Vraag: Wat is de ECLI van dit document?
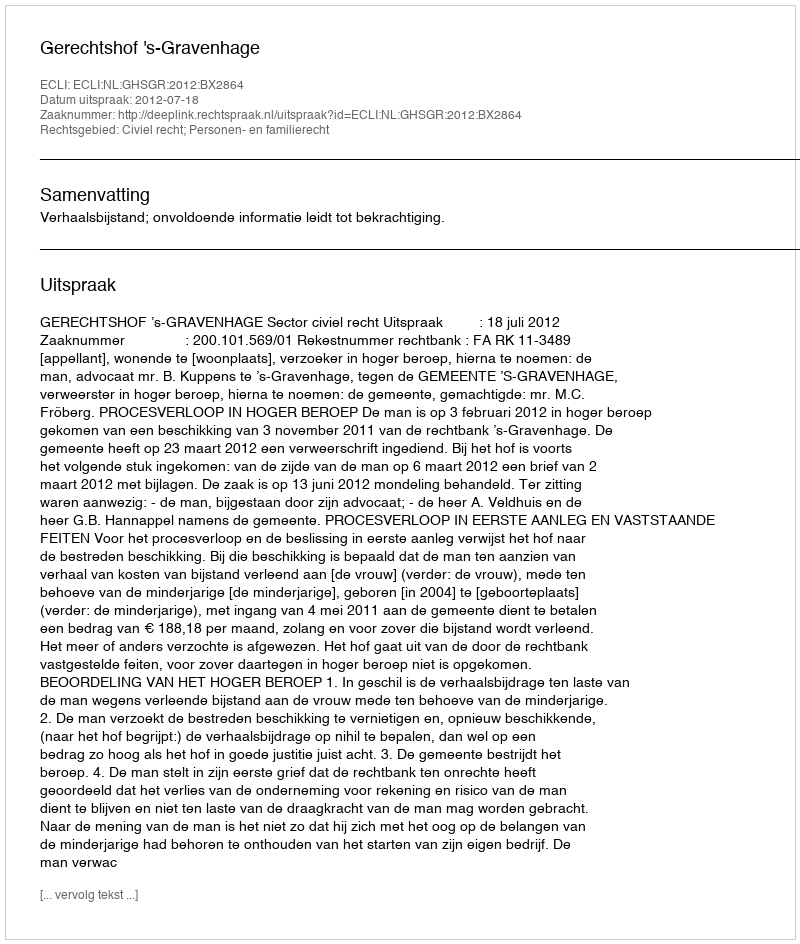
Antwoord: ECLI:NL:GHSGR:2012:BX2864